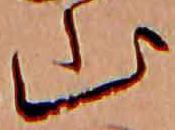
山